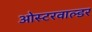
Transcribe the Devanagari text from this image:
ओस्टरवाल्डर